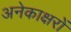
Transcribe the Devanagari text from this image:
अनेकाक्षरों